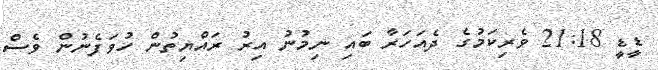
ޑީޑީ 21:18 ވެރިކަމުގެ ދެއަހަރާ ބައި ނިމުނު އިރު ރައްޔިތުން ހުވަފެނުން ވެސް